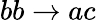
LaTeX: bb\rightarrow ac